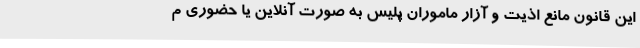
این قانون مانع اذیت و آزار ماموران پلیس به صورت آنلاین یا حضوری م